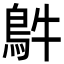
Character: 𩿓